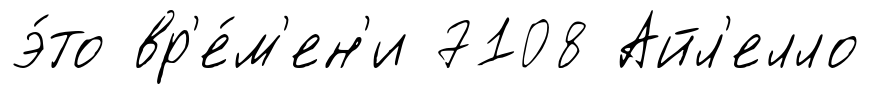
э́то вр'е́м'ен'и 7108 Айл'елло